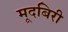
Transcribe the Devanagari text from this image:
मूदबिरी